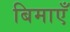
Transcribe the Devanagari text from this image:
बिमाएँ